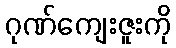
ဂုဏ်ကျေးဇူးကို